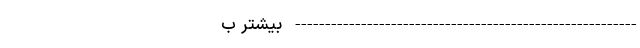
--------------------------------------------------------- بیشتر ب